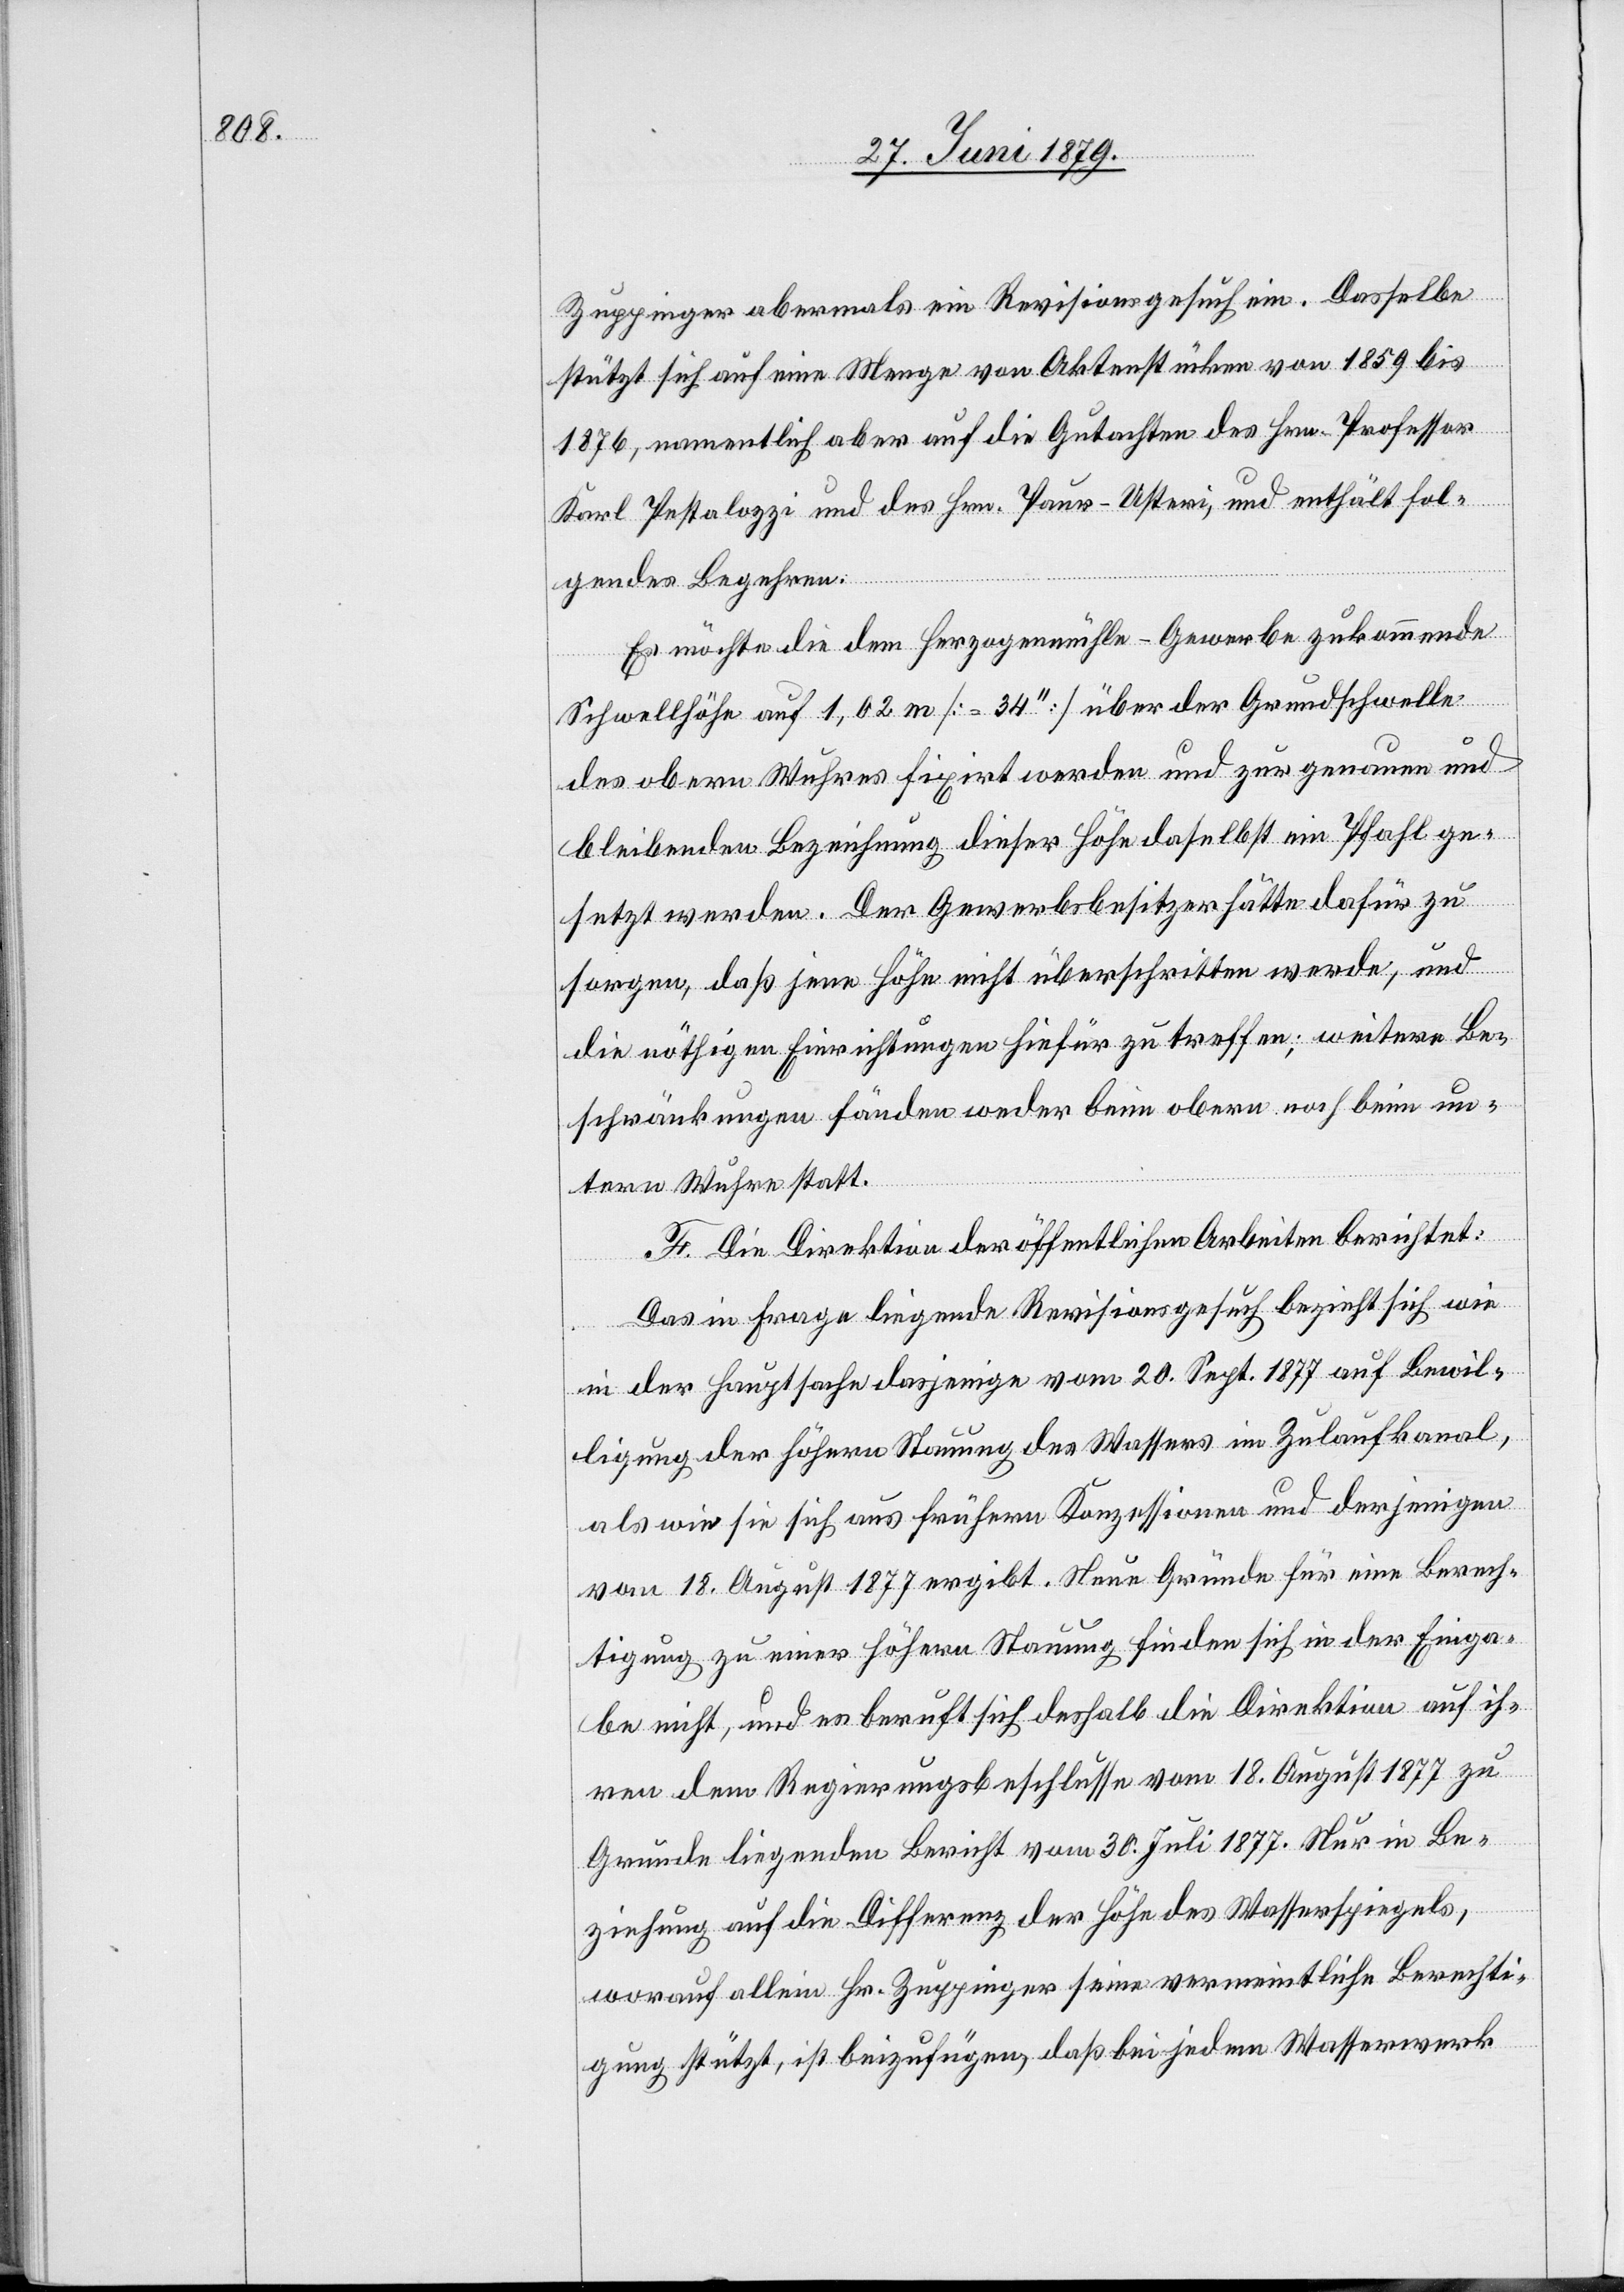
Zuppinger abermals ein Revisionsgesuch ein. Dasselbe
stützt sich auf eine Menge von Aktenstücken von 1859 bis
1876, namentlich aber auf die Gutachten des Hrn. Professor
Karl Pestalozzi und des Hrn. Paur-Usteri, und enthält fol¬
gendes Begehren:
Es möchte die dem Herzogenmühle-Gewerbe zukommende
Schwellhöhe auf 1,02 m [= 34‘‘] über der Grundschwelle
des obern Wuhres fixirt werden und zur genauen und
bleibenden Bezeichnung dieser Höhe daselbst ein Pfahl ge¬
setzt werden. Der Gewerbsbesitzer hätte dafür zu
sorgen, daß jene Höhe nicht überschritten werde, und
die nöthigen Einrichtungen hiefür zu treffen; weitere Be¬
schränkungen fänden weder beim obern noch beim un¬
tern Wuhre statt.
F. Die Direktion der öffentlichen Arbeiten berichtet:
Das in Frage liegende Revisionsgesuch bezieht sich wie
in der Hauptsache dasjenige vom 20. Sept. 1877 auf Bewil¬
ligung der höhern Stauung des Wassers im Zulaufkanal,
als wie sie sich aus frühern Konzessionen und derjenigen
vom 18. August 1877 ergibt. Neue Gründe für eine Berech¬
tigung zu einer höhern Stauung finden sich in der Einga¬
be nicht, und es beruft sich deshalb die Direktion auf ih¬
ren dem Regierungsbeschlusse vom 18. August 1877 zu
Grunde liegenden Bericht vom 30. Juli 1877. Nur in Be¬
ziehung auf die Differenz der Höhe des Wasserspiegels,
worauf allein Hr. Zuppinger seine vermeintliche Berechti¬
gung stützt, ist beizufügen, daß bei jedem Wasserwerk